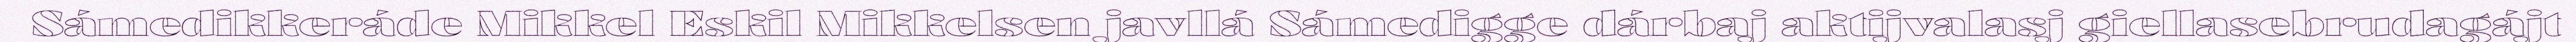
Sámedikkeráde Mikkel Eskil Mikkelsen javllá Sámedigge dárbaj aktijvalasj giellasebrudagájt